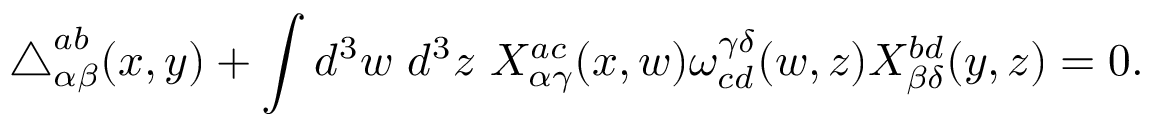
\triangle _ { \alpha \beta } ^ { a b } ( x , y ) + \int d ^ { 3 } w ~ d ^ { 3 } z ~ X _ { \alpha \gamma } ^ { a c } ( x , w ) \omega _ { c d } ^ { \gamma \delta } ( w , z ) X _ { \beta \delta } ^ { b d } ( y , z ) = 0 .